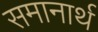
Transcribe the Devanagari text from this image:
समानार्थ